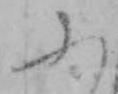
ふ